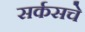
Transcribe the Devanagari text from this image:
सर्कसचे